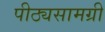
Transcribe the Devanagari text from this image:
पीठ्यसामग्री